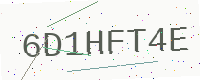
Text: 6D1HFT4E